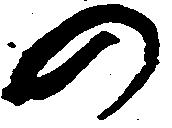
の